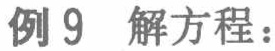
例9 解方程：